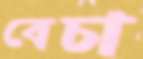
বেচা